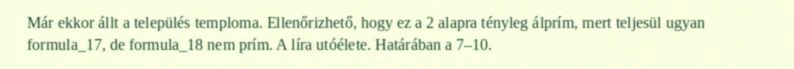
Már ekkor állt a település temploma. Ellenőrizhető, hogy ez a 2 alapra tényleg álprím, mert teljesül ugyan formula_17, de formula_18 nem prím. A líra utóélete. Határában a 7–10.